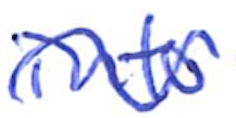
Text: into
Cross-out: wave
Writing tool: ballpoint